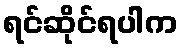
ရင်ဆိုင်ရပါက